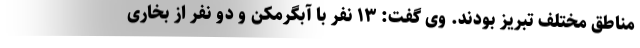
مناطق مختلف تبریز بودند. وی گفت: ۱۳ نفر با آبگرمکن و دو نفر از بخاری